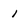
Character: 1